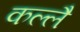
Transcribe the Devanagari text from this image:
कल्लै